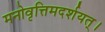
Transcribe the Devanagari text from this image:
मनोवृत्तिमदर्शयत्।